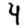
Digit: 4